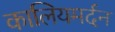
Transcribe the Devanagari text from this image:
कालियमर्दन